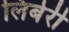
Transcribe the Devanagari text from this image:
लिबेरी